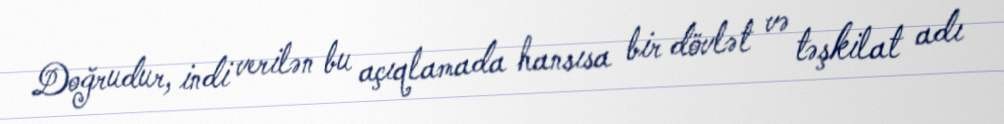
Doğrudur, indi verilən bu açıqlamada hansısa bir dövlət və təşkilat adı